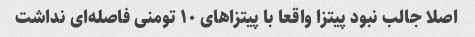
اصلا جالب نبود پیتزا واقعا با پیتزاهای ۱۰ تومنی فاصله‌ای نداشت